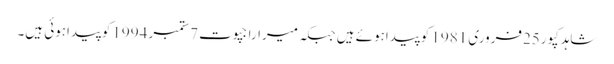
شاہدکپور25فروری 1981 کوپیداہوئے ہیں جبکہ میراراجپوت 7ستمبر 1994کوپیداہوئی ہیں۔